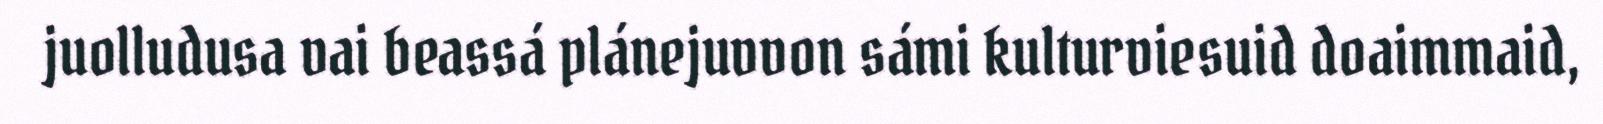
juolludusa vai beassá plánejuvvon sámi kulturviesuid doaimmaid,